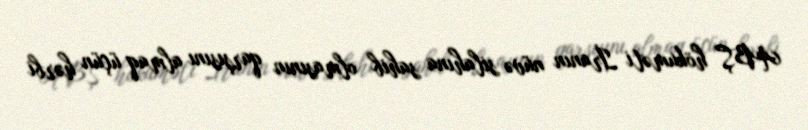
ABŞ hökuməti İranın nüvə silahına sahib olmasının qarşısını almaq üçün hərbi